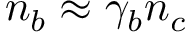
n _ { b } \approx \gamma _ { b } n _ { c }